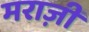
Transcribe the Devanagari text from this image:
मराज़ी